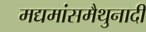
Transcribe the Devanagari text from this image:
मद्यमांसमैथुनादी